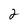
Character: 2